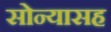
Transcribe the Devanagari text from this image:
सोन्यासह